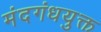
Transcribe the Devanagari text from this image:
मंदगंधयुक्त